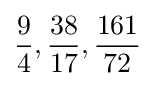
{\frac {9}{4}},{\frac {38}{17}},{\frac {161}{72}}